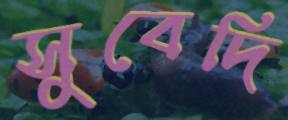
সুবেদি